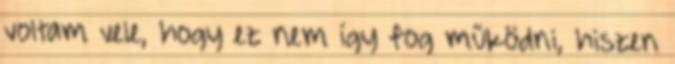
voltam vele, hogy ez nem így fog működni, hiszen